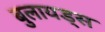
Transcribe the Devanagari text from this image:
बुलायड्स